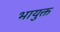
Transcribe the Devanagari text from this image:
भायुक्त